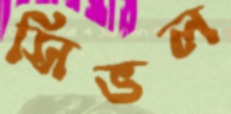
সিভল